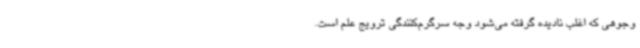
وجوهی که اغلب نادیده گرفته می‌شود وجه سرگرم‌کنندگی ترویج علم است.